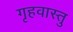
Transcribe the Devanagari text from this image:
गृहवास्तु